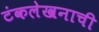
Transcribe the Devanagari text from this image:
टंकलेखनाची